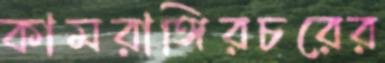
কামরাঙ্গিরচরের